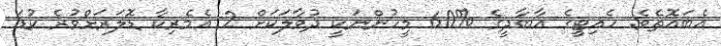
އެބައޮތެވެ. ހެއިޓީގެ އާބާދީގެ %60 މީހުންނަކީ ދުވާލަކަށް 2 އެމެރިކާ ޑޮލަރަށްވުރެ ކުޑަ